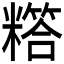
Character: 𬖸